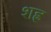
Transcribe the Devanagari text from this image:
शह्र